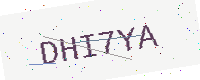
Text: DHI7YA